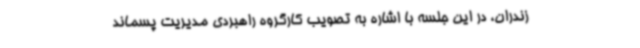
زندران، در این جلسه با اشاره به تصویب کارگروه راهبردی مدیریت پسماند